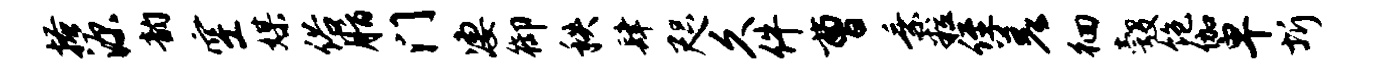
搔源韵空媒俗脂门凄御秩肆咫久件曹乘粒侄差徊彀饱伽卑圻